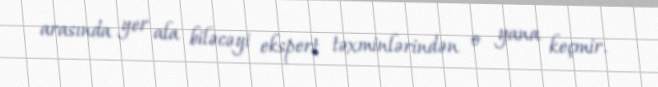
arasında yer ala biləcəyi ekspert təxminlərindən o yana keçmir.